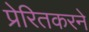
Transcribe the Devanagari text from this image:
प्रेरितकरने